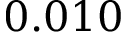
0 . 0 1 0